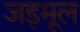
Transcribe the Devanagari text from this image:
जड़मूल